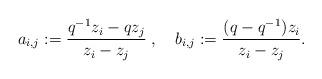
LaTeX: \begin{align*}a_{i,j} := \frac{q^{-1}z_i - qz_j}{z_i-z_j}\; , \quad b_{i,j} :=\frac{(q-q^{-1})z_i}{z_i-z_j}.\end{align*}